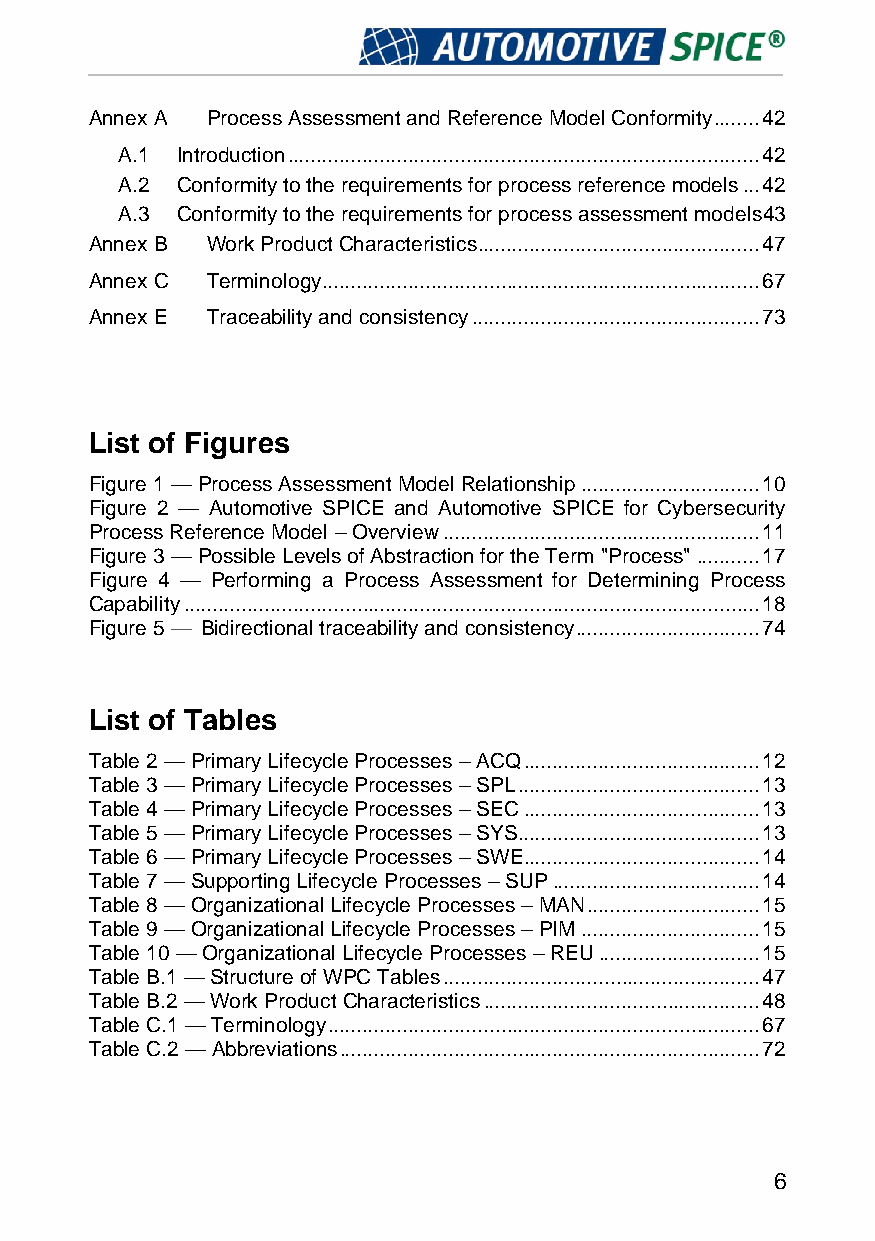
Annex A Process Assessment and Reference Model Conformity ........ 42
 A.1 Introduction .................................................................................. 42
 A.2 Conformity to the requirements for process reference models ... 42
 A.3 Conformity to the requirements for process assessment models43
 Annex B Work Product Characteristics ................................................. 47
 Annex C Terminology ............................................................................ 67
 Annex E Traceability and consistency .................................................. 73
 List of Figures
 Figure 1 — Process Assessment Model Relationship ............................... 10
 Figure 2 — Automotive SPICE and Automotive SPICE for Cybersecurity
 Process Reference Model – Overview ....................................................... 11
 Figure 3 — Possible Levels of Abstraction for the Term "Process" ........... 17
 Figure 4 — Performing a Process Assessment for Determining Process
 Capability .................................................................................................... 18
 Figure 5 — Bidirectional traceability and consistency ................................ 74
 List of Tables
 Table 2 — Primary Lifecycle Processes – ACQ ......................................... 12
 Table 3 — Primary Lifecycle Processes – SPL .......................................... 13
 Table 4 — Primary Lifecycle Processes – SEC ......................................... 13
 Table 5 — Primary Lifecycle Processes – SYS .......................................... 13
 Table 6 — Primary Lifecycle Processes – SWE ......................................... 14
 Table 7 — Supporting Lifecycle Processes – SUP .................................... 14
 Table 8 — Organizational Lifecycle Processes – MAN .............................. 15
 Table 9 — Organizational Lifecycle Processes – PIM ............................... 15
 Table 10 — Organizational Lifecycle Processes – REU ............................ 15
 Table B.1 — Structure of WPC Tables ....................................................... 47
 Table B.2 — Work Product Characteristics ................................................ 48
 Table C.1 — Terminology ........................................................................... 67
 Table C.2 — Abbreviations ......................................................................... 72
 6